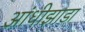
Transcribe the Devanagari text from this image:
आंधीझाडा